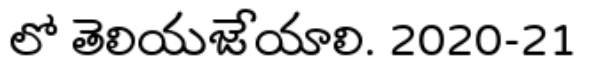
లో తెలియజేయాలి. 2020-21